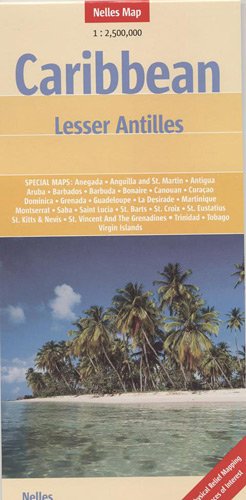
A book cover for Caribbean Lesser Antilles map (Nelles Map) (English, French, Italian and German Edition); Nelles; Travel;